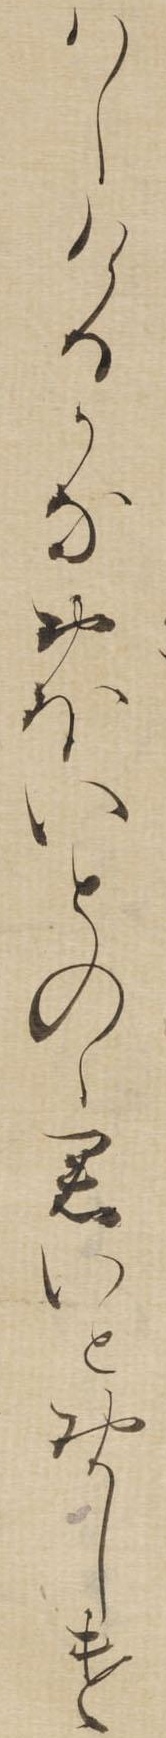
はしけるかなおほいとのゝ君いとおかしけ